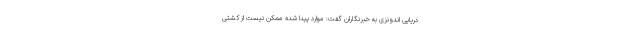
دریایی اندونزی به خبرنگاران گفت: موارد پیدا شده ممکن نیست از کشتی